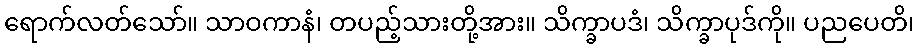
ရောက်လတ်သော်။ သာဝကာနံ၊ တပည့်သားတို့အား။ သိက္ခာပဒံ၊ သိက္ခာပုဒ်ကို။ ပညပေတိ၊